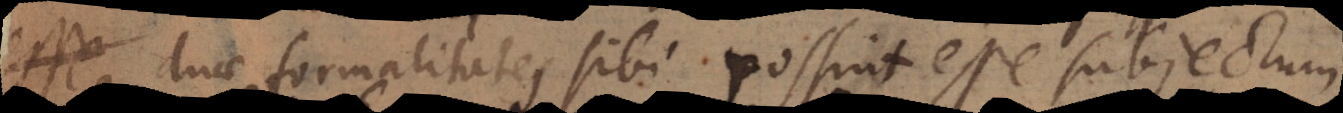
duae formalitates sibi possint esse subjectum